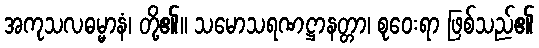
အကုသလဓမ္မာနံ၊ တို့၏။ သမောသရဏဋ္ဌာနတ္တာ၊ စုဝေးရာ ဖြစ်သည်၏